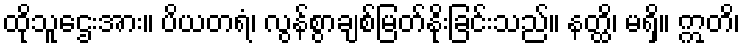
ထိုသူဌေးအား။ ပိယတရံ၊ လွန်စွာချစ်မြတ်နိုးခြင်းသည်။ နတ္ထိ၊ မရှိ။ ဣတိ၊